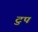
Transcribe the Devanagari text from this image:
टुप